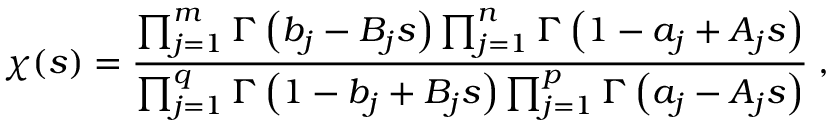
\chi ( s ) = \frac { \prod _ { j = 1 } ^ { m } \Gamma \left( b _ { j } - B _ { j } s \right) \prod _ { j = 1 } ^ { n } \Gamma \left( 1 - a _ { j } + A _ { j } s \right) } { \prod _ { j = 1 } ^ { q } \Gamma \left( 1 - b _ { j } + B _ { j } s \right) \prod _ { j = 1 } ^ { p } \Gamma \left( a _ { j } - A _ { j } s \right) } \; ,